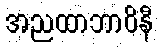
အညထာဘာဝိနီ